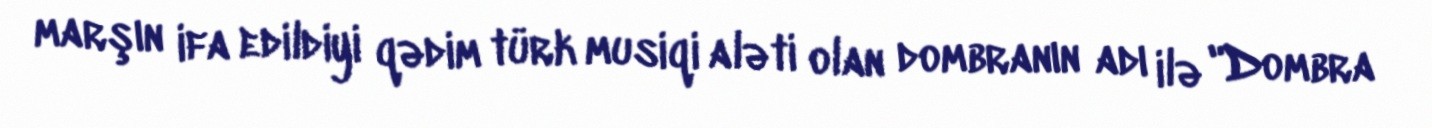
marşın ifa edildiyi qədim türk musiqi aləti olan dombranın adı ilə "Dombra